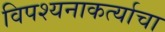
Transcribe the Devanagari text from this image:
विपश्यनाकर्त्याचा